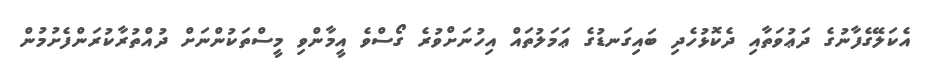
އެކަލޭގެފާނުގެ ދަޢުވަތާއި ދެކޮޅުހެދި ބައިގަނޑުގެ ޢަމަލުތައް އިހުނަށްވުރެ ގޯސްވެ އީމާންވި މީސްތަކުންނަށް ދުއްތުރާކުރަންފެށުމުން